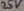
Text: 25V